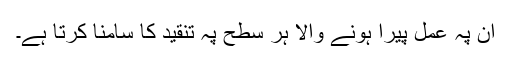
ان پہ عمل پیرا ہونے والا ہر سطح پہ تنقید کا سامنا کرتا ہے۔